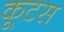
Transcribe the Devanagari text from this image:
कूटस